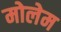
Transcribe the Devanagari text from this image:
मोलेम